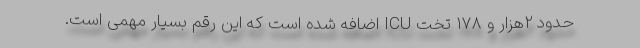
حدود ۲هزار و ۱۷۸ تخت ICU اضافه شده است که این رقم بسیار مهمی است.